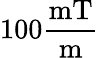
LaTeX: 100\frac{\mathrm{mT}}{\mathrm{m}}